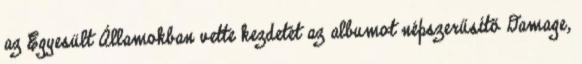
az Egyesült Államokban vette kezdetét az albumot népszerűsítő Damage,